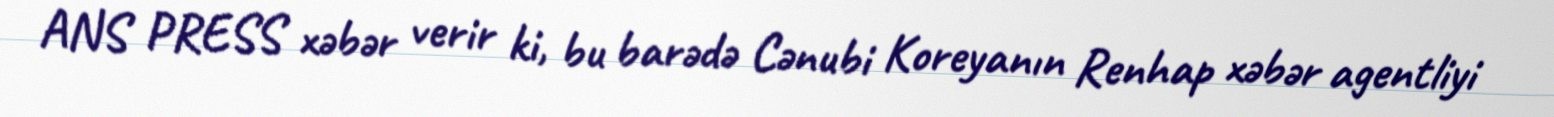
ANS PRESS xəbər verir ki, bu barədə Cənubi Koreyanın Renhap xəbər agentliyi